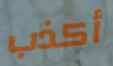
أكذب